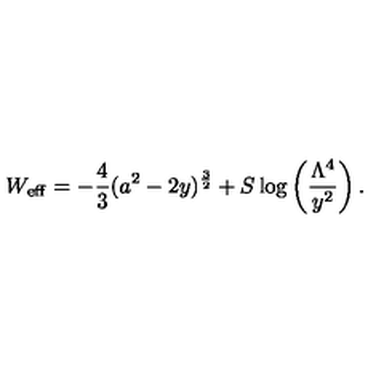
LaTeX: W _ { \mathrm { e f f } } = - \frac { 4 } { 3 } ( a ^ { 2 } - 2 y ) ^ { \frac { 3 } { 2 } } + S \log \left( \frac { \Lambda ^ { 4 } } { y ^ { 2 } } \right) .